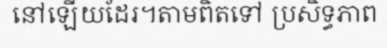
នៅឡើយដែរ។តាមពិតទៅ ប្រសិទ្ធភាព